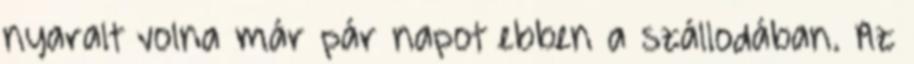
nyaralt volna már pár napot ebben a szállodában. Az